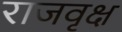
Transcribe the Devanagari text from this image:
राजवृक्ष